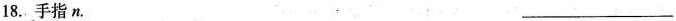
18. 手指 n. ___